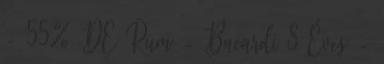
- 55% DE Rum - Bacardi 8 Éves -